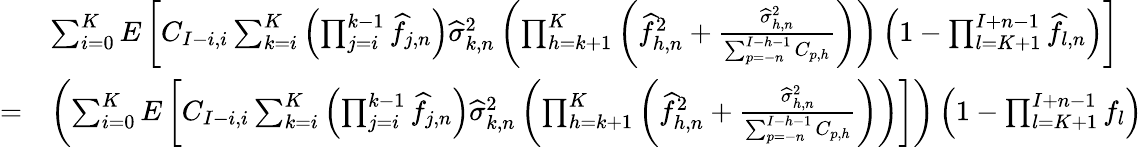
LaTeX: \begin{array}{rl}&{\sum_{i=0}^{K}E\left[C_{I-i,i}\sum_{k=i}^{K}\left(\prod_{j=i}^{k-1}\widehat{f}_{j,n}\right)\widehat\sigma_{k,n}^{2}\left(\prod_{h=k+1}^{K}\left(\widehat{f}_{h,n}^{2}+\frac{\widehat\sigma_{h,n}^{2}}{\sum_{p=-n}^{I-h-1}C_{p,h}}\right)\right)\left(1-\prod_{l=K+1}^{I+n-1}\widehat{f}_{l,n}\right)\right]}\\ {=}&{\left(\sum_{i=0}^{K}E\left[C_{I-i,i}\sum_{k=i}^{K}\left(\prod_{j=i}^{k-1}\widehat{f}_{j,n}\right)\widehat\sigma_{k,n}^{2}\left(\prod_{h=k+1}^{K}\left(\widehat{f}_{h,n}^{2}+\frac{\widehat\sigma_{h,n}^{2}}{\sum_{p=-n}^{I-h-1}C_{p,h}}\right)\right)\right]\right)\left(1-\prod_{l=K+1}^{I+n-1}f_{l}\right)}\end{array}